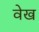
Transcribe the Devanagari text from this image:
वेख